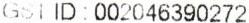
GST ID : 002046390272